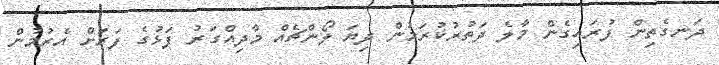
ދަނގެތިން ފުރައިގެން މާލެ ދަތުރުކުރަމުން ދިޔަ ލޯންޗެއް މާދިއްގަރު ފަޅުގެ ފަރަށް އެރުމުން